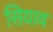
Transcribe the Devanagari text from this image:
सियाव